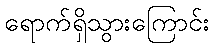
ရောက်ရှိသွားကြောင်း